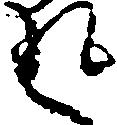
返